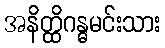
အနိတ္ထိဂန္ဓမင်းသား